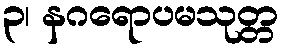
၃၊ နဂရောပမသုတ္တ